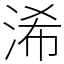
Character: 浠